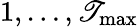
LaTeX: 1,\dots,\mathscr{T}_{\mathrm{{max}}}